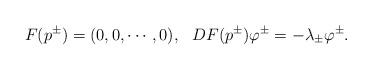
LaTeX: \begin{align*}F(p^{\pm})=(0,0,\cdots,0),\ \ D F(p^{\pm})\varphi^{\pm}=-\lambda_{\pm}\varphi^{\pm}.\end{align*}